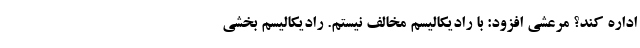
اداره کند؟ مرعشی افزود: با رادیکالیسم مخالف نیستم. رادیکالیسم بخشی